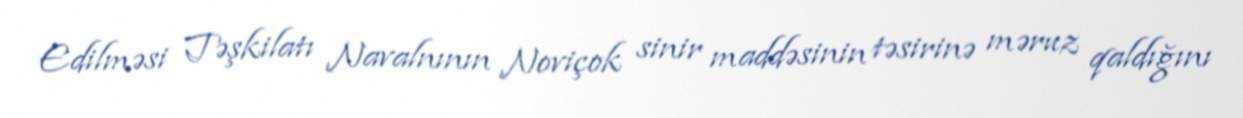
Edilməsi Təşkilatı Navalnının Noviçok sinir maddəsinin təsirinə məruz qaldığını